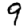
Digit: 9